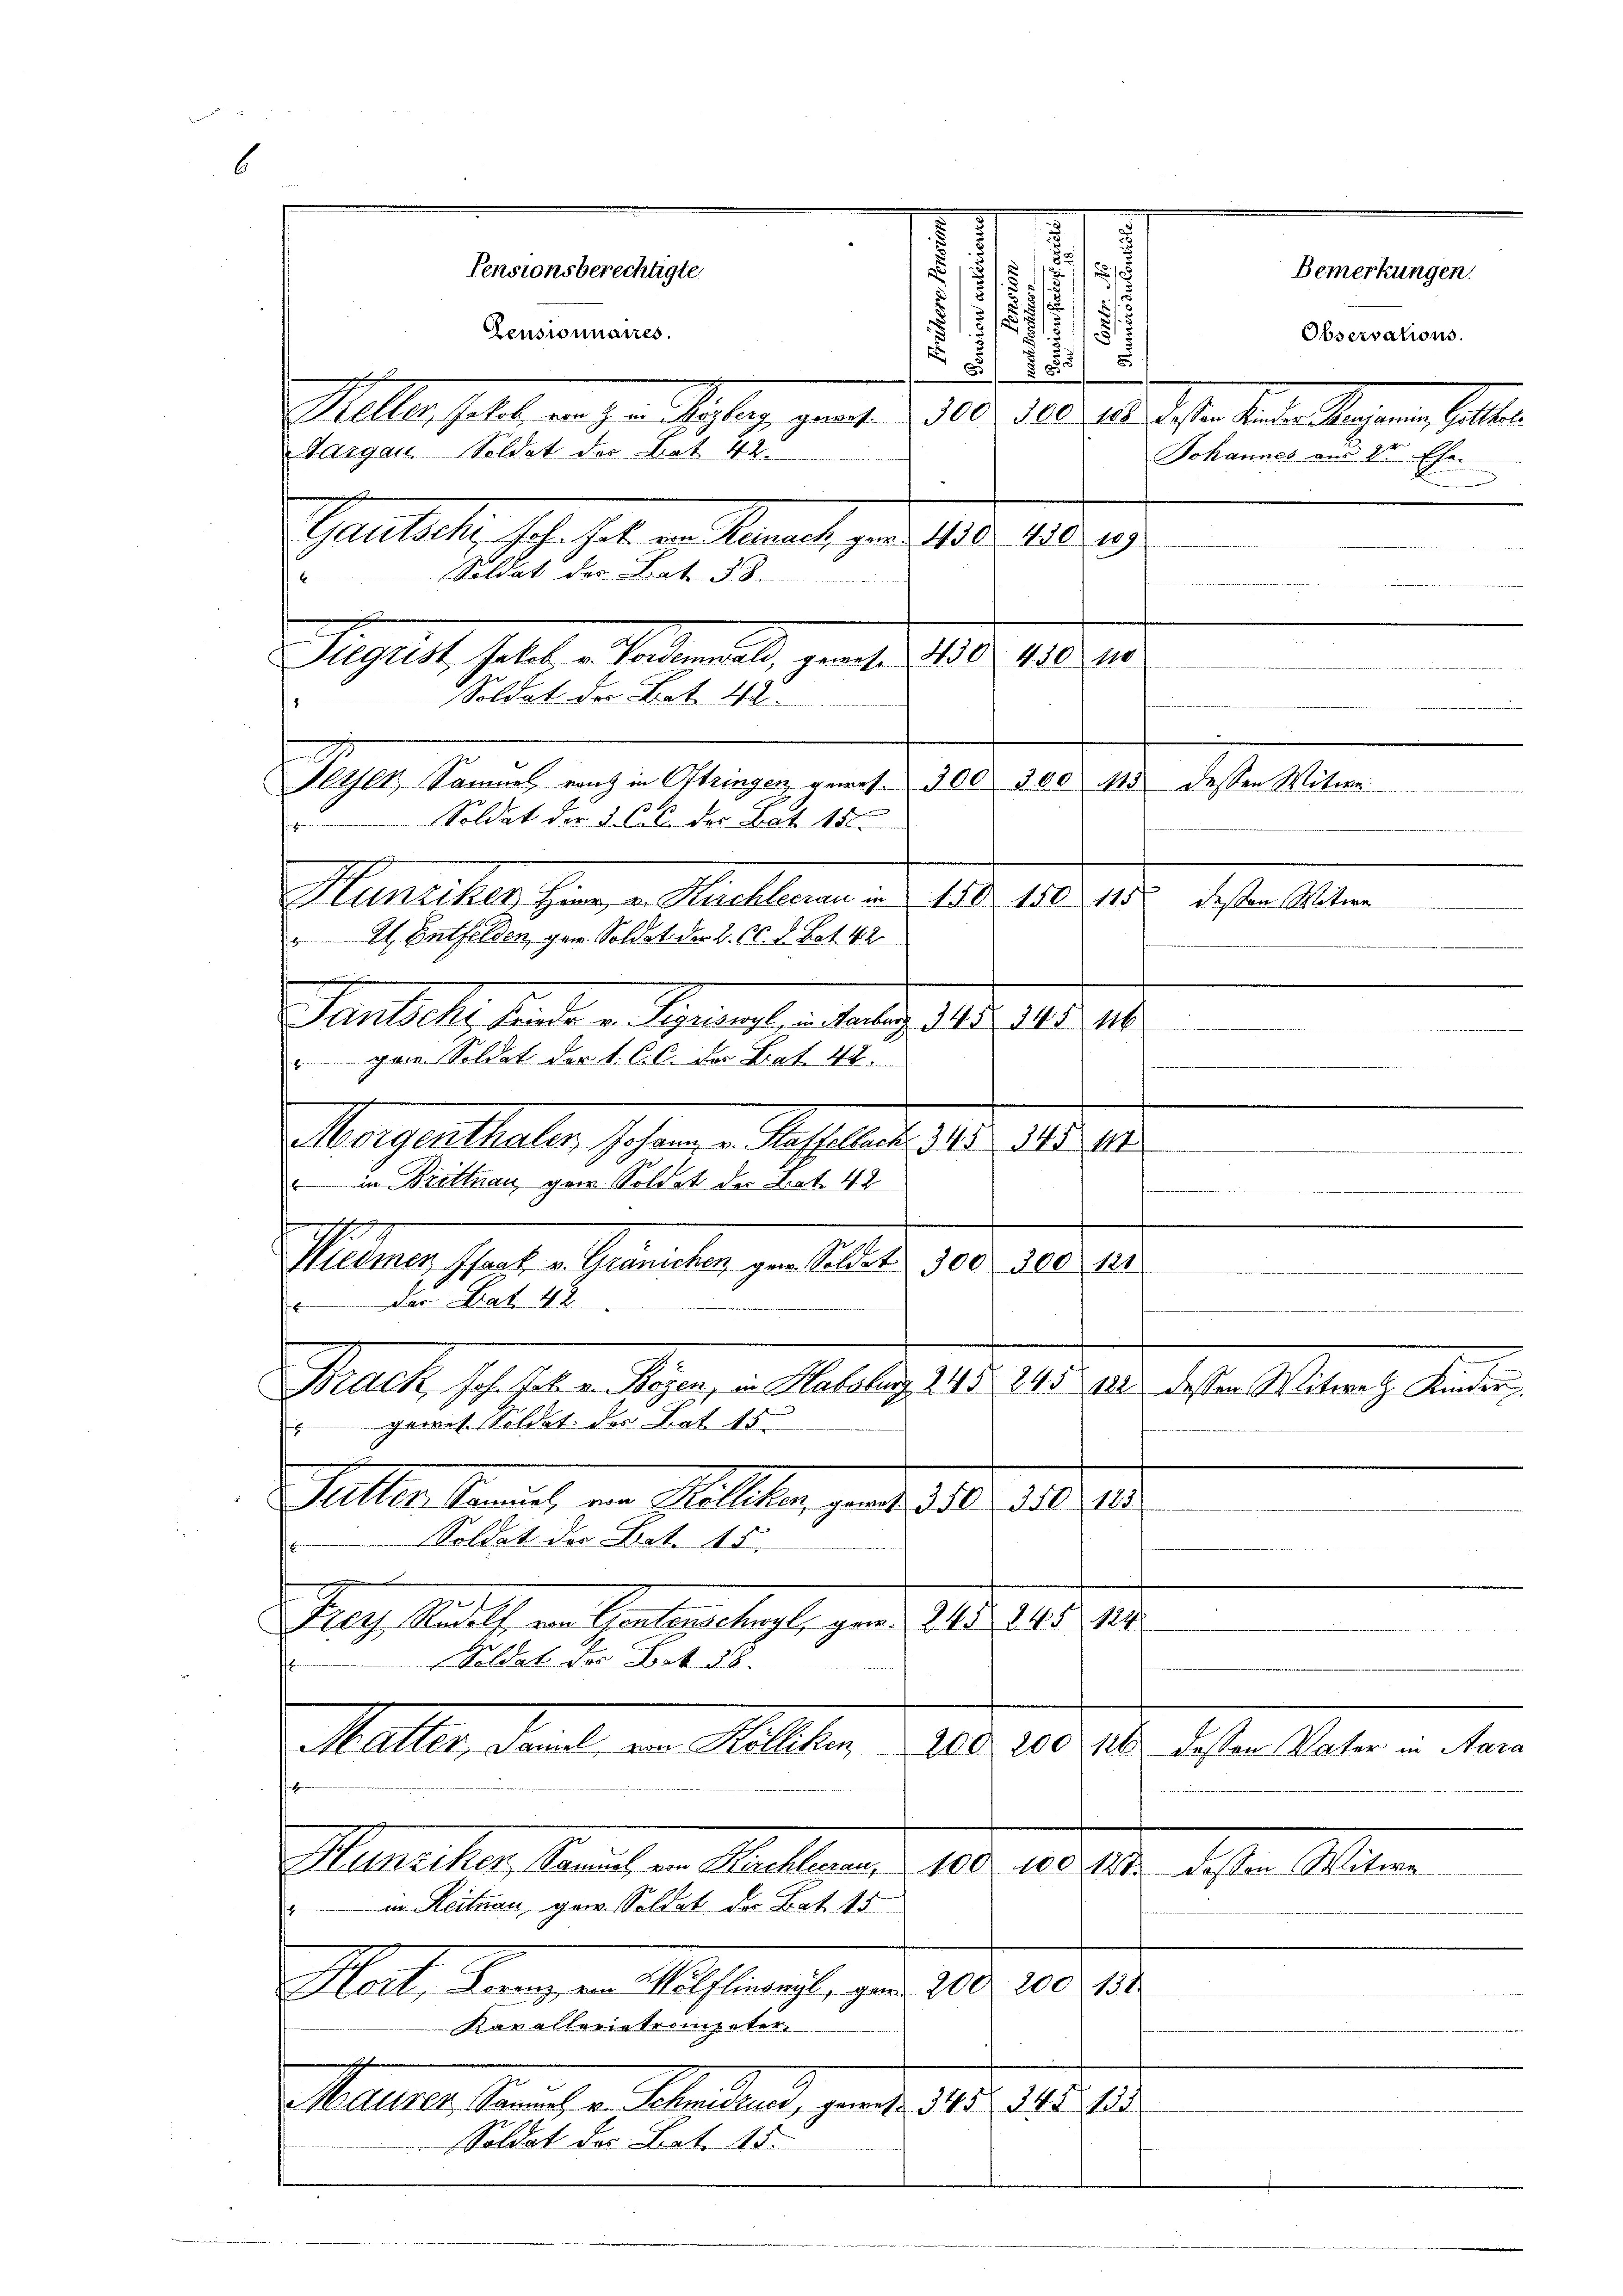
6

.
7.
t
s
Feyer, Sammel ganz in Oftringen gewes. 300 500 115 dessen Witwe
n
Mumitter, sein, u. Mitleine ad 109. 180. 18
" 1. Entfelden, gew. Soldat der 2. CC. A. Bot. 42
Pandelt, finden Bereinste untertag. 1405. 18. 214.
gann Soldat der 1. C. C. der Bat. 42.
Magenthalten Johann Messeres. 318. d. 12.
" in Drittnau garn Soldat der hat 42
17
Wiedmer Isaak v. Gränichen gen. Soldet 300 300
Die Nat. 48
Brack Joh. hat. v. Wegen, in Haselig, 24. d. 245. 182 dessen Witwrath Kinder
gewes. Soldat der Tat 15
d
Gallen kannt, ein Stallikon genden aber die
Soldat der Not. 15.
No. 44
Prer, Raths von Hintersagte, gerad. 10. 141.
Soldat des Art. 38.
Maller, damit, in Willen
200 200 126 dessen Vater in Aara
Memetten, Remich in anstande 1806. 10. 19. desten Mitere
in Reitnau gar Soldat der Bat. 15
200. 138.
200
Hat, drangen Auftragste ge
Kavallerietrompeter
a
Maurer, Samuel v. Schmidend, gewiese 345. 345. 135
Soldat des Bat. 15.

Pensionsberechtigte
Pensionnaires.

Sargau, Soldet der Bot 42.

Gautsche Ich hat in Nament per 1810. 189
Soldat der Bat. 38.
Hegrist Jakob v. Vordemwald, gewese 450. 450 no

Soldat der Art. 42

Soldat der J. C. C. der Bat. 152.

Keller, Jakob, von ch ein Meyerz genart. 300. 300 10 dessen Kinder Personnen, Gotter

.
i
§ 112
2
§ 51
51

525/

Observations.
Johannes aus dr Ehe

Bemerkungen.

¬
e
.
121
h

destellten